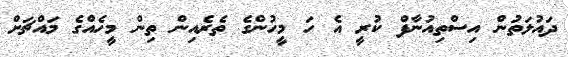
ދައުލަތުން އިސްތިއުނާފް ކުރީ އެ ހަ މީހުންގެ ތެރެއިން ތިން މީހެއްގެ މައްޗަށް